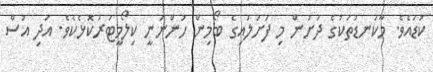
ކުޑައެވެ. މާކަނޑުތަކުގެ ދަށުން މި ފަށަލައިގެ ބޯމިން ހުންނަނީ ކިލޯމީޓަރުކޮޅެކެވެ. އަދި އުސް